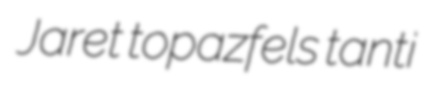
Jaret topazfels tanti